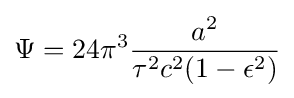
\Psi =24\pi ^{3}{\frac {a^{2}}{\tau ^{2}c^{2}(1-\epsilon ^{2})}}